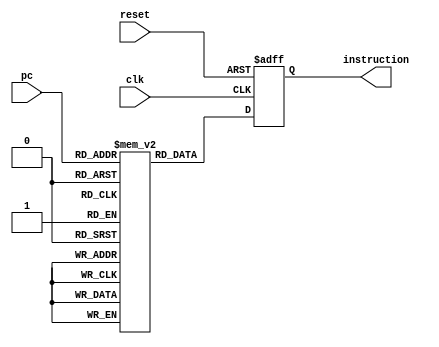
module fetch(
    input clk,
    input reset,
    input [7:0] pc,
    output reg [7:0] instruction
);
    reg [7:0] memory [0:255];
    integer i;

    initial begin
        //  
        memory[0] = 8'b00010001; // opcode 1, operand 1
        memory[1] = 8'b00100010; // opcode 2, operand 2
        memory[2] = 8'b00010001; // opcode 1, operand 1
        memory[3] = 8'b00100010; // opcode 2, operand 2
        for (i = 4; i < 256; i = i + 1) begin
            memory[i] = 8'b00000000; //  
        end
    end

    always @(posedge clk or posedge reset) begin
        if (reset) begin
            instruction <= 8'b00000000;
        end else begin
            instruction <= memory[pc];
        end
    end
endmodule